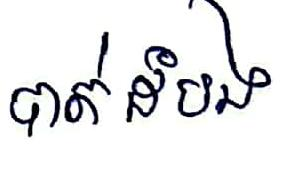
បាត់ដំបង